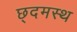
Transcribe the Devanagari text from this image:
छ्दमस्थ